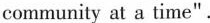
community at a time".